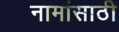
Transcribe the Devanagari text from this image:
नामांसाठी